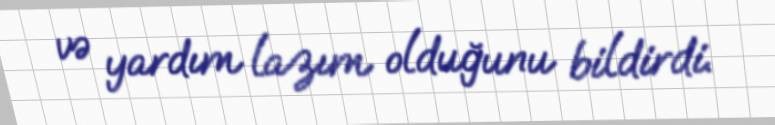
və yardım lazım olduğunu bildirdi.